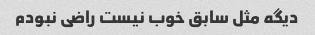
دیگه مثل سابق خوب نیست راضی نبودم